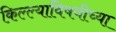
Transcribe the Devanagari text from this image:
किल्ल्याविषयीच्या